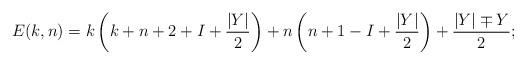
LaTeX: \begin{align*}E(k,n)= k\left(k+n+2+I+{|Y|\over 2}\right) +n\left(n+1-I+{|Y|\over 2}\right)+{|Y|\mp Y\over 2}; \\\end{align*}